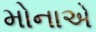
મોનાએ